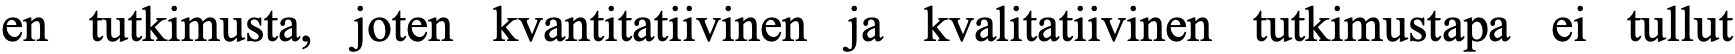
en tutkimusta, joten kvantitatiivinen ja kvalitatiivinen tutkimustapa ei tullut